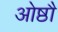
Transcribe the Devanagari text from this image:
ओष्ठौ